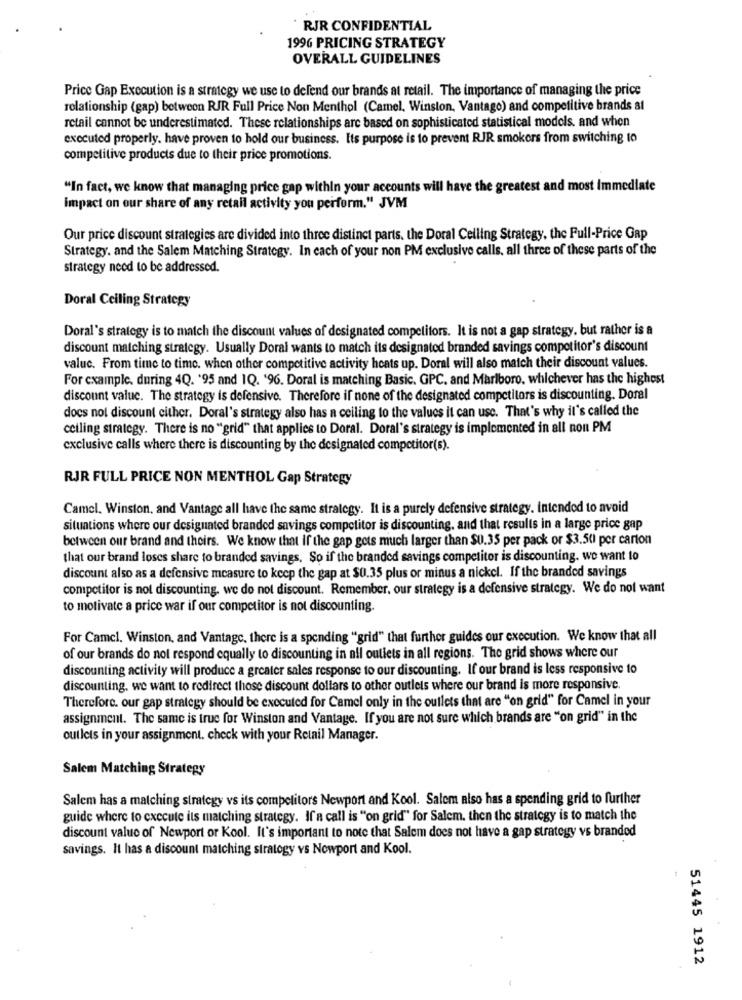
RJR CONFIDENTIAL
1996 PRICING STRATEGY
OVERALL GUIDELINES
Price Gap Execution is a strategy we use to defend our brands at retail. The importance of managing the price
relationship (gap) between RJR Full Price Non Menthol (Camel, Winston, Vantago) and competitive brands al
retail cannot be underestimated. These relationships are based on sophisticated statistical models, and when
executed properly. have proven to hold our business. Its purpose is to prevent RJR smokers from switching to
competitive products due to their price promotions.
"In fact, we know that managing price gap within your accounts will have the greatest and most Immediate
impact on our share of any retail activity you perform." JVM
Our price discount strategies are divided into three distinct parts, the Doral Ceiling Strategy, the Full-Price Gap
Strategy, and the Salem Matching Strategy. In each of your non PM exclusive calls, all three of these parts of the
strategy need to be addressed.
Doral Ceiling Strategy
Doral's strategy is to match the discount values of designated competitors. It is not a gap strategy, but rather is a
discount matching strategy. Usually Doral wants to match its designated branded savings competitor's discount
valuc. From time to time. when other competitive activity heats up. Doral will also match their discount values.
For example. during 4Q. '95 and IQ. '96. Doral is matching Basic. GPC. and Marlboro, whichever has the highest
discount value. The strategy is defensive. Therefore if none of the designated competitors is discounting. Doral
docs not discount cither. Doral's strategy also has a ceiling to the values it can use. That's why it's called the
ceiling strategy. There is no "grid" that applies to Doral. Doral's strategy is implemented in all non PM
exclusive calls where there is discounting by the designated competitor(s).
RJR FULL PRICE NON MENTHOL Gap Strategy
Camel. Winston, and Vantage all have the same strategy. It is a purely defensive strategy. intended to avoid
situations where our designated branded savings competitor is discounting, and that results in a large price gap
between our brand and theirs. We know that If the gap gets much larger than $0.35 per pack or $3.50 per carton
that our brand loses share to branded savings. So if the branded savings competitor is discounting. we want to
discount also as a defensive measure to keep the gap at $0.35 plus or minus a nickel. If the branded savings
competitor is not discounting. we do not discount. Remember, our strategy is a defensive strategy. We do not want
to motivate a price war if our competitor is not discounting.
For Camel. Winston, and Vantage, there is a spending "grid" that further guides our execution. We know that all
of our brands do not respond equally to discounting in all outlets in all regions. The grid shows where our
discounting activity will produce a greater sales response to our discounting. If our brand is less responsive to
discounting. we want to redirect those discount dollars to other outlets where our brand is more responsive.
Therefore. our gap strategy should be executed for Camel only in the outlets that are "on grid" for Camel in your
assignment. The same is true for Winston and Vantage. If you are not sure which brands are "on grid" in the
outlets in your assignment. check with your Retail Manager.
Salem Matching Strategy
Salem has a matching strategy vs its competitors Newport and Kool. Salem also has a spending grid to further
guide where to execute its matching strategy. If'a call is "on grid" for Salem. then the strategy is to match the
discount value of Newport or Kool. It's important to note that Salem does not have a gap strategy vs branded
savings. It has a discount matching stratogy vs Nowport and Kool.
51445 1912